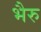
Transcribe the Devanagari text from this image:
भैरु